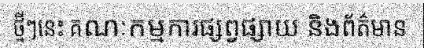
ថ្មីៗនេះ គណៈកម្មការផ្សព្វផ្សាយ និងព័ត៌មាន